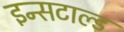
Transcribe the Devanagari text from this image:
इन्सटाल्ड